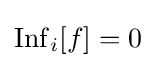
\operatorname {Inf} _{i}[f]=0